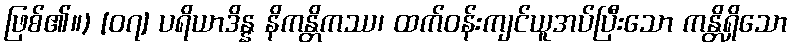
ဖြစ်၏။) [၀၇] ပရိယာဒိန္န နိကန္တိကဿ၊ ထက်ဝန်းကျင်ယူအပ်ပြီးသော ကန္တိရှိသော